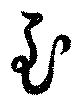
至